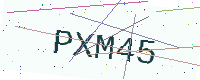
Text: PXM45